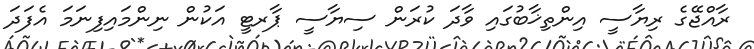
ރާއްޖޭގެ ރިޔާސީ އިންތިޚާބުގައި ވާދަ ކުރަން ސިޔާސީ ޕާރޓީ އަކުން ނިންމައިފިނަމަ އެފަދަ